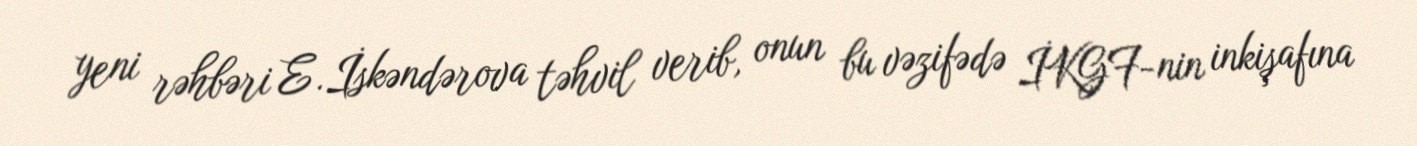
yeni rəhbəri E.İskəndərova təhvil verib, onun bu vəzifədə İKGF-nin inkişafına